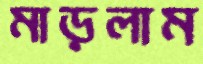
মাড়লাম